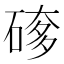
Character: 䃎